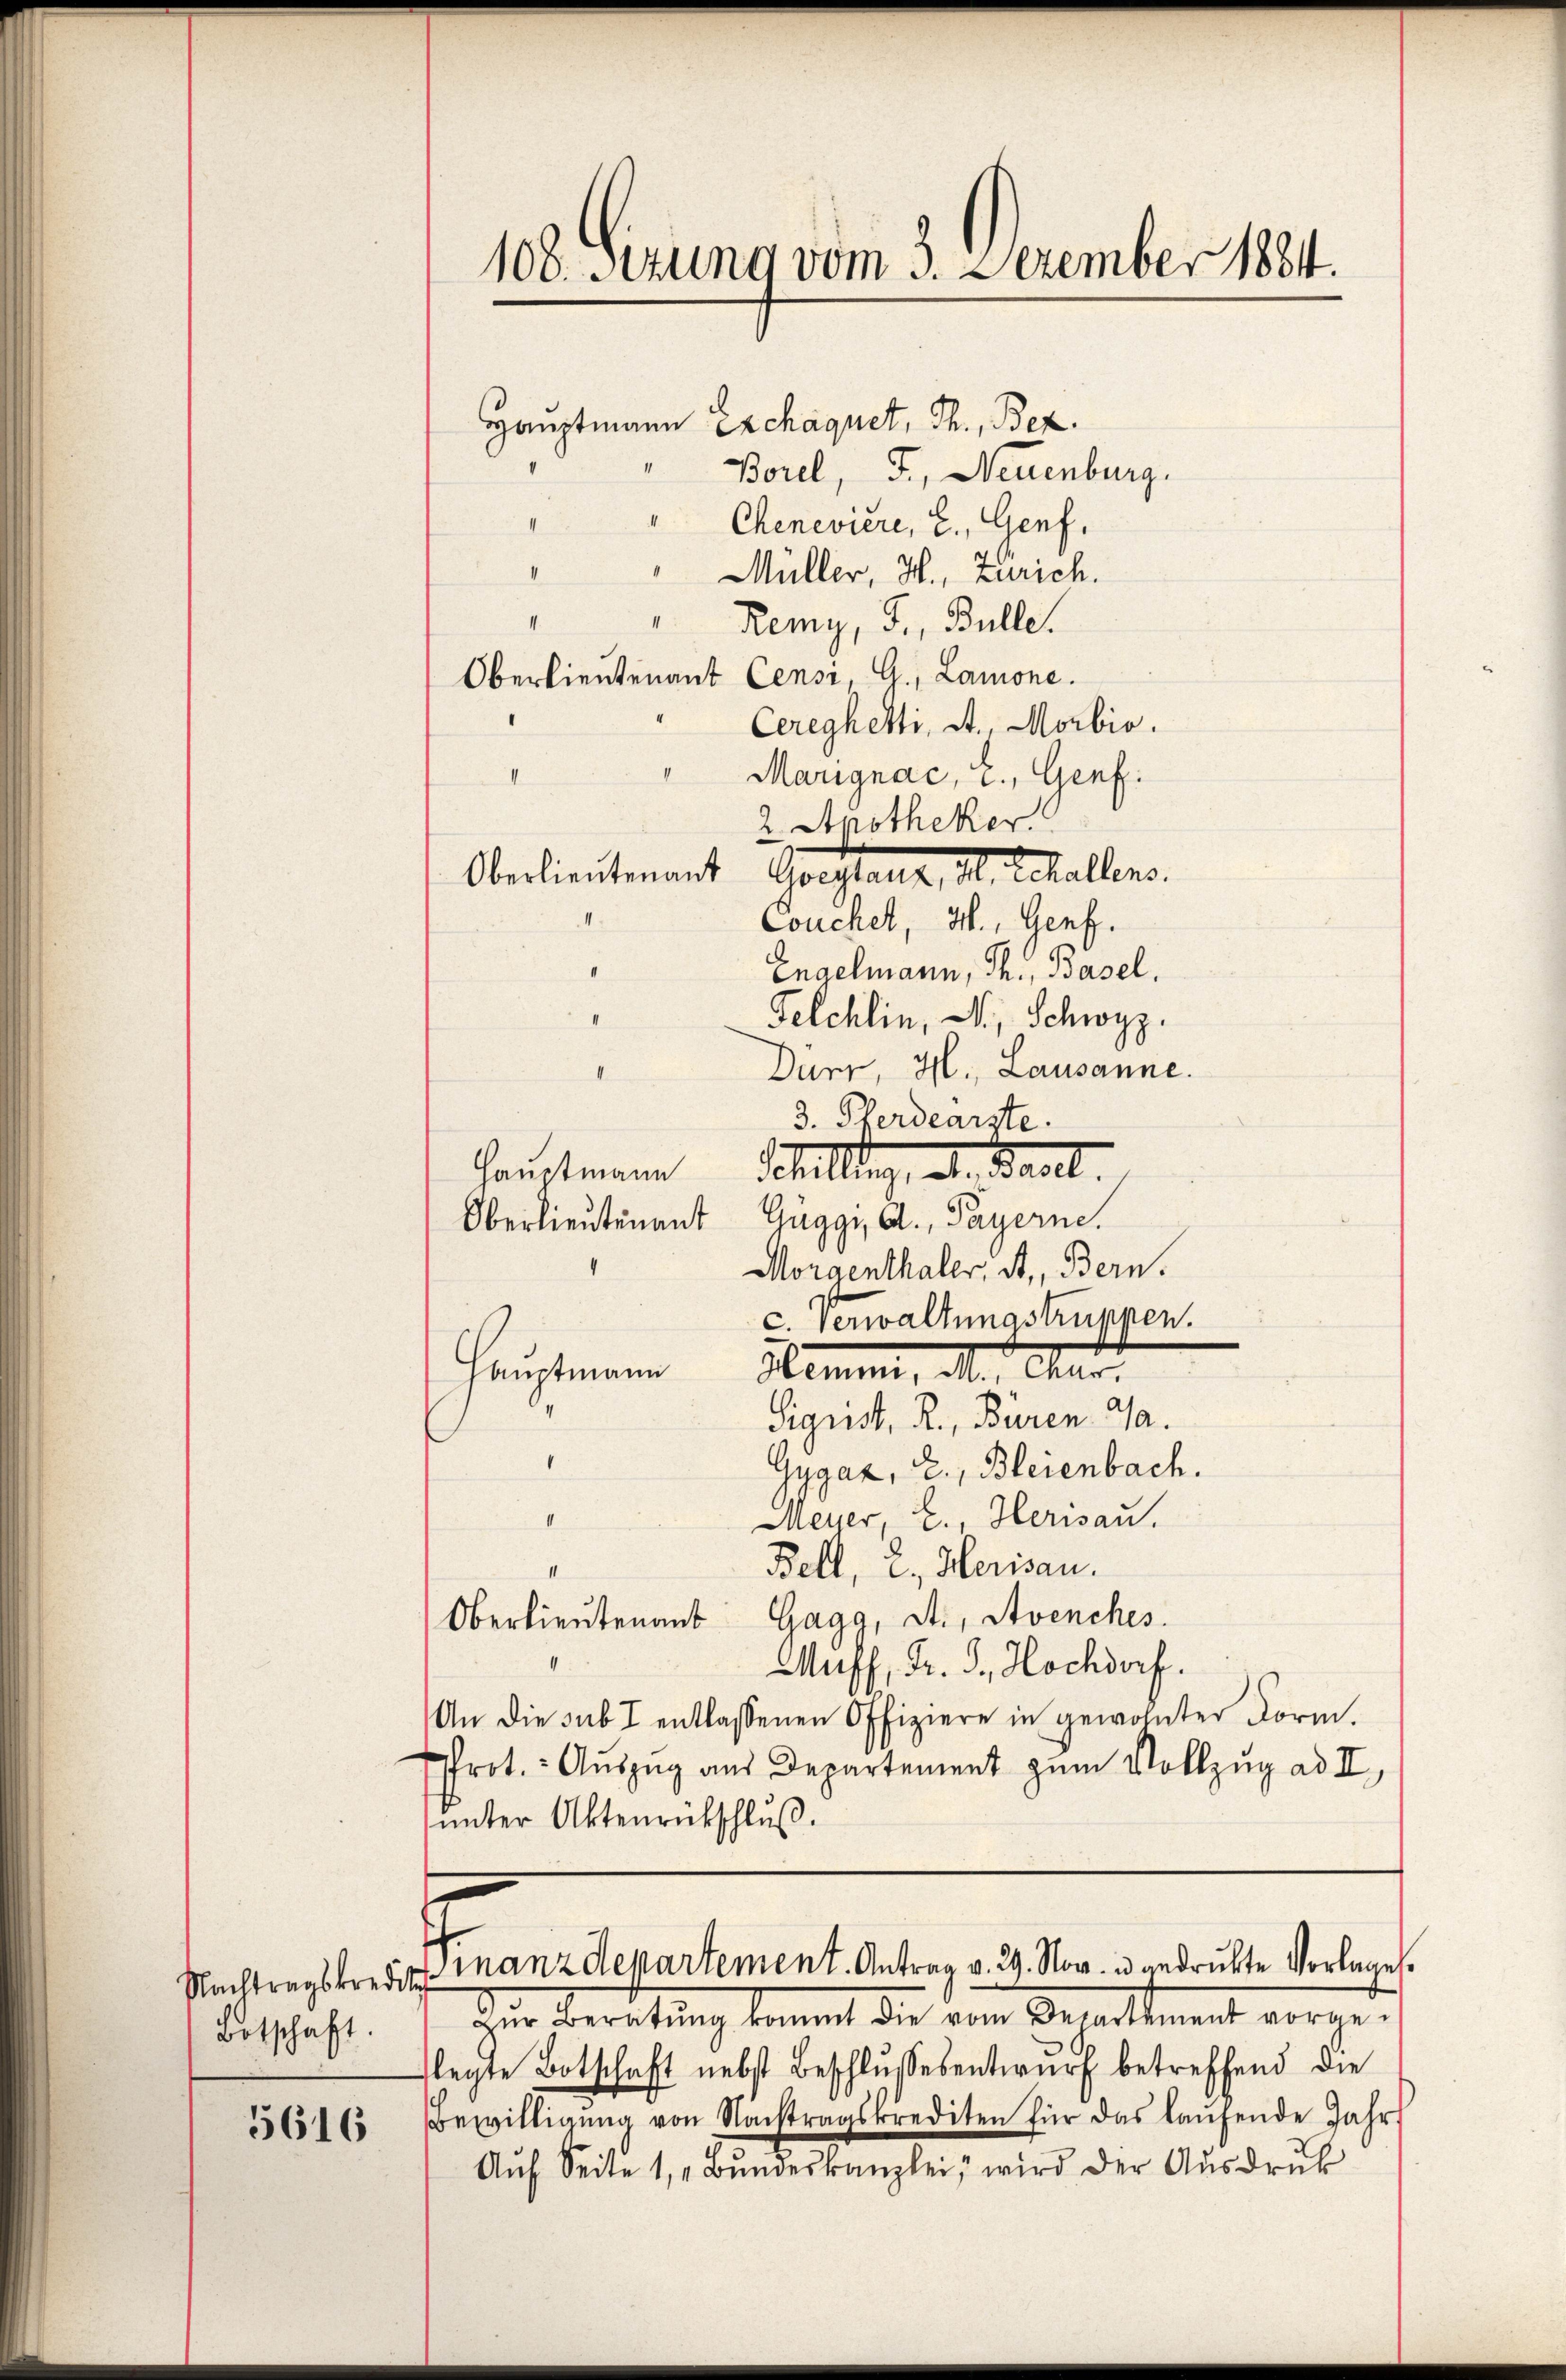
Nachtragskredite
Botschaft.

5616

2 Apotheker
Oberlieutenant Gestanz, d. Schallens.
Couchel, M., Genf.
Engelmann, Th., Basel.
Felchlin, A., Schwyz.
Durr, H., Lausanne.
3. Pferdearzte.
Hauptmann Stellung, d. Basel.
Oberlieutenant Gŭggi, A., Payerne.
Morgenthaler, St. Bern.
c. Verwaltungstruppen.
Hemmi, M., Chur.
Hauptmann
Sigust. R., Buren Ga
Gygaz, E., Bleienbach.
Meyer E., Herisau.
I
Bell, 2., Herisau.
Gagg, St., Avenches.
Oberlieutenant
Muff, Fr. S., Hochdorf.
An die sub 7 entlassenen Offiziere in gewohnter Form.
Prot. Aŭszŭg aŭs Departement zum Vollzug ad II,
unter Aktenrütschluß.

108. Sitzung vom 3. Dezember 1884.
Hauptmann Exchaquet, Th., Bez.
Borel, F., Neuenburg.
Chenevière, E. Genf,
Müller, H., Zürich.
Remy, F., Bulle.
Oberlieutenant Censi, G., Lamone.
Cereghetti, St. Morbio.
Marignac, i. Genf.
II

Zur Vereitung kommt die vom Departement vorgelegte Botschaft nebst Beschlŭssesentwurf betreffend die
Bewilligŭng von Nachtragskrediten für das laŭfende Jahr
Aŭf Seite 1, Bŭndeskanzlei, wird der Aŭsdrŭk

Finanzdepartement. Antrag v. 29. Nov. u. gedruckte Vorlage.